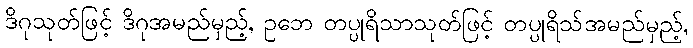
ဒိဂုသုတ်ဖြင့် ဒိဂုအမည်မှည့်, ဥဘေ တပ္ပုရိသာသုတ်ဖြင့် တပ္ပုရိသ်အမည်မှည့်,